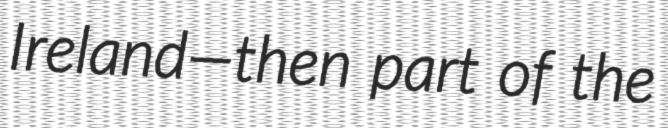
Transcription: Ireland—then part of the